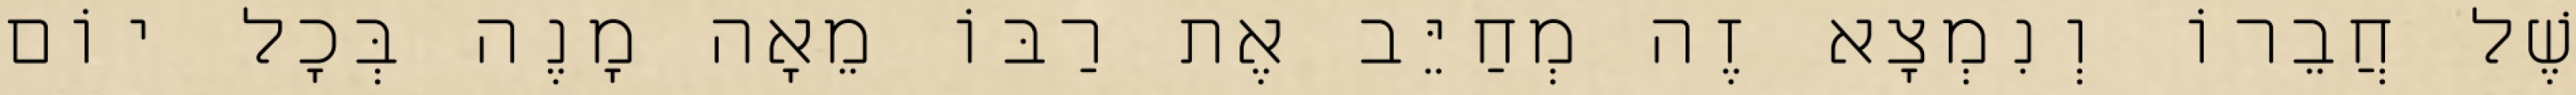
שֶׁל חֲבֵרוֹ וְנִמְצָא זֶה מְחַיֵּב אֶת רַבּוֹ מֵאָה מָנֶה בְּכׇל יוֹם